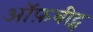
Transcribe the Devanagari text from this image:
ऑफ़बीट्स